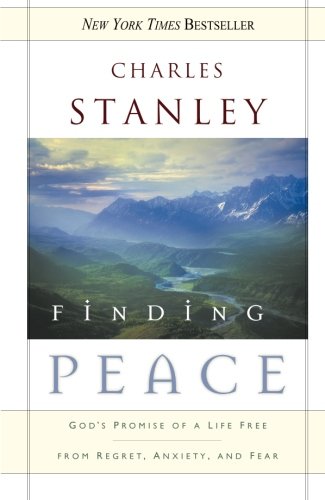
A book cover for Finding Peace: God's Promise of a Life Free from Regret, Anxiety, and Fear; Charles Stanley; Religion & Spirituality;